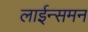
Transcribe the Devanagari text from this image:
लाईन्समन